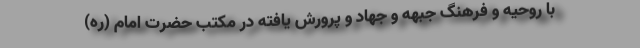
با روحیه و فرهنگ جبهه و جهاد و پرورش یافته در مکتب حضرت امام (ره)